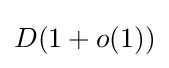
D(1+o(1))